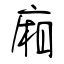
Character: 廂